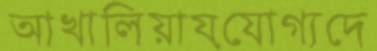
আখালিয়ায়যোগ্যদে